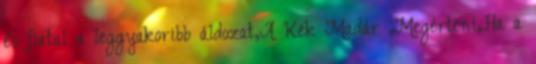
és fiatal a leggyakoribb áldozat,A Kék Madár ,Megérteni,Ha a